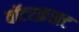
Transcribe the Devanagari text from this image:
वॉटरक्राफ़्ट